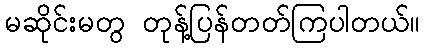
မဆိုင်းမတွ တုန့်ပြန်တတ်ကြပါတယ်။